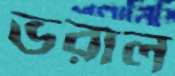
ভরাল